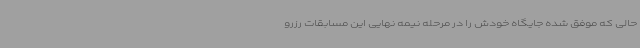
حالی که موفق شده جایگاه خودش را در مرحله نیمه نهایی این مسابقات رزرو